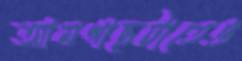
আমগাছটাতেও